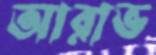
আরাভ